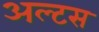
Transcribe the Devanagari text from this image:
अल्टस